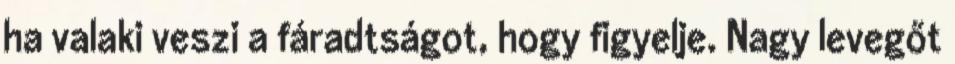
ha valaki veszi a fáradtságot, hogy figyelje. Nagy levegőt